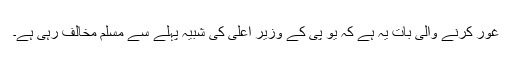
غور کرنے والی بات یہ ہے کہ یو پی کے وزیر اعلیٰ کی شبیہ پہلے سے مسلم مخالف رہی ہے۔